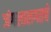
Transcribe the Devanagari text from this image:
जंगलालगतचे